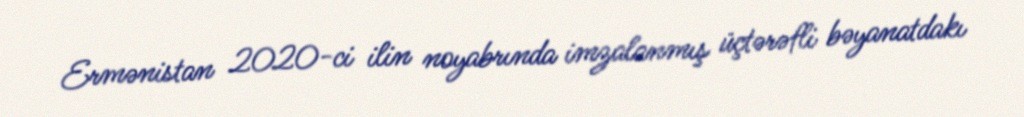
Ermənistan 2020-ci ilin noyabrında imzalanmış üçtərəfli bəyanatdakı